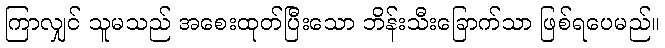
ကြာလျှင် သူမသည် အစေးထုတ်ပြီးသော ဘိန်းသီးခြောက်သာ ဖြစ်ရပေမည်။